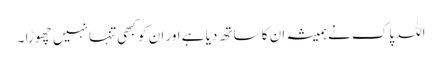
اللہ پاک نے ہمیشہ ان کا ساتھ دیا ہے اور ان کو کبھی تنہا نہیں چھوڑا ۔